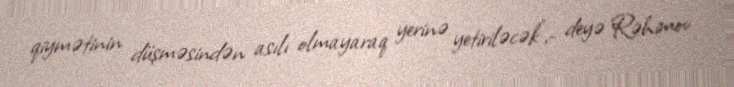
qiymətinin düşməsindən asılı olmayaraq yerinə yetiriləcək",- deyə Rəhimov